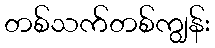
တစ်သက်တစ်ကျွန်း